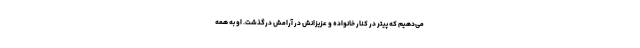
می‌دهیم که پیتر در کنار خانواده و عزیزانش در آرامش درگذشت. او به همه